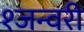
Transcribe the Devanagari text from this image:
१जन्वरी